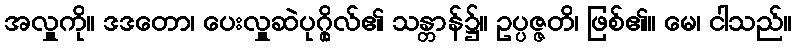
အလှူကို။ ဒဒတော၊ ပေးလှူဆဲပုဂ္ဂိုလ်၏ သန္တာန်၌။ ဥပ္ပဇ္ဇတိ၊ ဖြစ်၏။ မေ၊ ငါသည်။